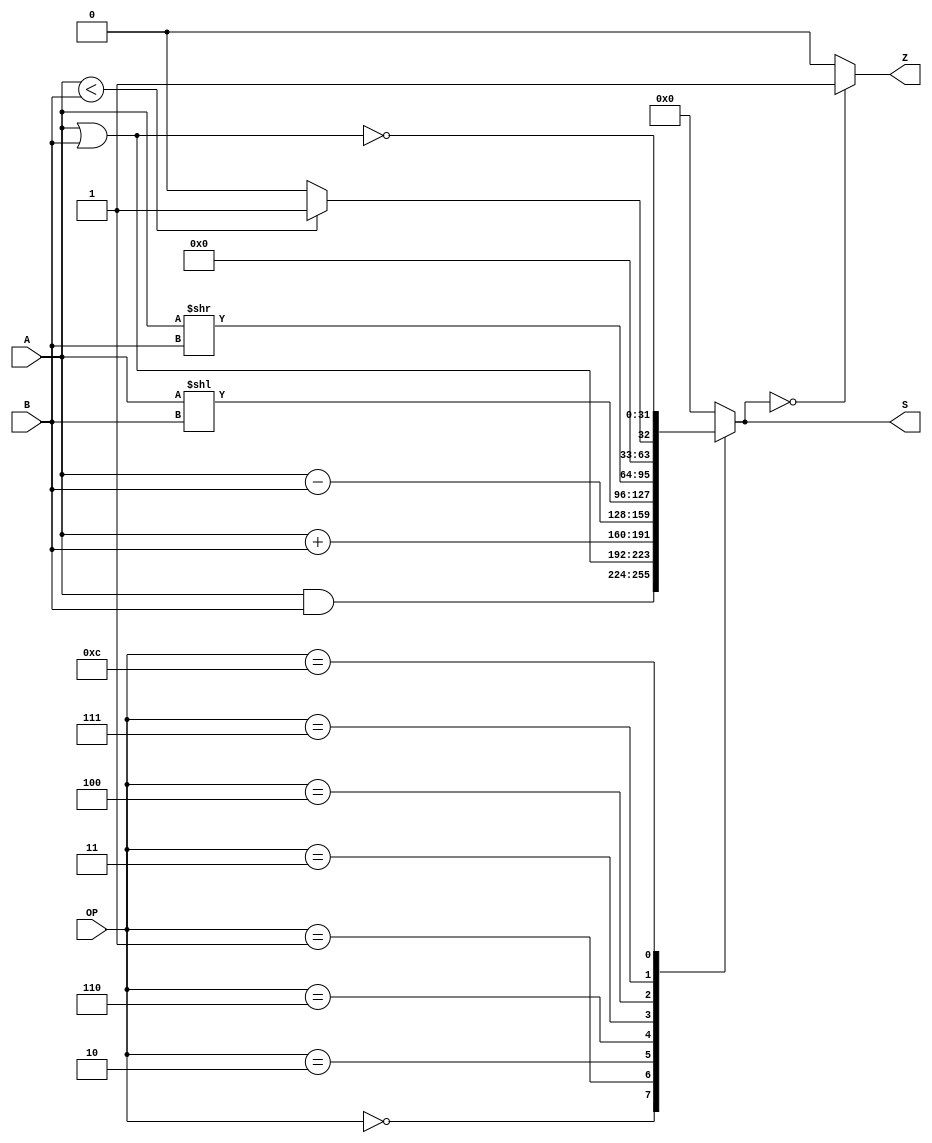
/**
 * Universidade Federal Rural de Pernambuco
 * Departamento de Estatstica e Informtica
 * Disciplina: Arquitetura e Organizao de Computadores
 * 
 * Unidade Lgica e Aritmtica - ULA - de 32 bits.
 *
 * @author Andr Aziz (andre.caraujo@ufrpe.br)
 */

module ULA (
  A,   	       // Operando A
  B,           // Operando B
  S,           // Resultado
  OP,          // Seleo da operao
  Z            // Indica que o resultado  zero.
);

input [31:0] A;
input [31:0] B;
input [3:0] OP;
output [31:0] S;
output Z;

wire signed [31:0] A, B;
wire [3:0] OP;
reg signed [31:0] S;
reg Z;

initial begin
  S = 0;
  Z = 0;
end
	
always @ (A or B or OP) begin : operacoes_ula

  case (OP)
		  
  // S = A & B
  4'b0000: begin 
    S = A & B;
  end
			
  // S = A | B
  4'b0001: begin
    S = A | B;  
  end
		    
  // S = A + B
  4'b0010: begin
    S = A + B;
  end
	
  // S = A - B 
  4'b0110: begin
    S = A - B;
  end
  
  // S = A << B
  4'b0011: begin
    S = A << B;
  end
  
  // S = A >> B
  4'b0100: begin
    S = A >> B;
  end

  // S = A < B
  4'b0111: begin
    S = (A < B) ? 1 : 0;
  end

  // ~S = ~((~A & B) | (A | ~B)) -> ~XOR
  4'b0100: begin
    S = ~(A ^ B);
  end
  
  // S = ~(A | B)
  4'b1100: begin
    S = ~(A | B);
  end

  default: begin
    S = 0;
  end

  endcase

  Z = (S == 0) ? 1'b1 : 1'b0;	
end

endmodule